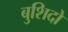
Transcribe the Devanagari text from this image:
बुशिदो